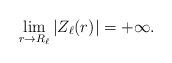
LaTeX: \begin{align*}\lim_{r\to R_{\ell}}|Z_{\ell}(r)|=+\infty.\end{align*}